Vital statistics of India. Vol. IV, Annual returns from 1871 to 1876. British Army of India, Native Army and jails of Bengal
Year: 1871
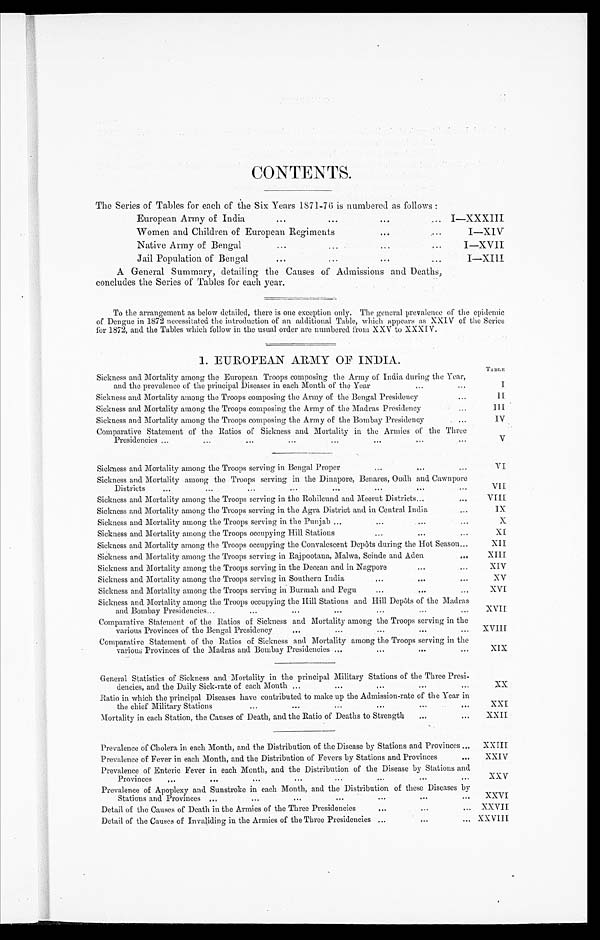
CONTENTS.
The Series of Tables for each of the Six Years 1871-76 is numbered as follows :
European Army of India
. . .
. . .
. . .
. . .
I—XXXIII
Women and Children of European Regiment
. . . ...
I — X I V
Native Army of Bengal
...
. . .
. . .
. . .
I—XVII
Jail Population of Bengal
. . .
. . .
. . .
. . .
I—XIII
A General Summary, detailing the Causes of Admissions and Deaths,
concludes the Series of Tables for each year.
To the arrangement as below detailed, there is one exception only. The general prevalence of the epidemic
of Dengue in 1872 necessitated the introduction of an additional Table, which appears as XXIV of the Series
for 1872, and the Tables which follow in the usual order are numbered from XXV to XXXIV.
1. EUROPEAN ARMY OF INDIA.
Sickness and Mortality among the European Troops composing the Army of India during the Year,
and the prevalence of the principal Diseases in each Month of the Year
T A B L E
I
Sickness and Mortality among the Troops composing the Army of the Bengal Presidency...
I I
Sickness and Mortality among the Troops composing the Army of the Madras Presidency...
I I I
Sickness and Mortality among the Troops composing the Army of the Bombay Presidency
IV
Comparative Statement of the Ratios of Sickness and Mortality in the Armies of the Three
Presidencies ...
. . .
V
Sickness and Mortality among the Troops serving in Bengal Proper
VI
Sickness and Mortality among the Troops serving in the Dinapore, Benares, Oudh and Cawnpore
Districts
... ... ... ...
VII
Sickness and Mortality among the Troops serving in the Rohilcund and Meerut Districts
VIII
Sickness and Mortality among the Troops serving in the Agra District and in Central India
. . .
I X .
Sickness and Mortality among the Troops serving in the Punjab
X
Sickness and Mortality among the Troops occupying Hill Stations...
......
XI
Sickness and Mortality among the Troops occupying the Convalescent Depôts during the Hot Season
...
XII
Sickness and Mortality among the Troops serving in Rajpootana, Malwa, Scinde and Aden
. . .
X I I I .
Sickness and Mortality among the Troops serving in the Deccan and in Nagpore
. . .
. . .
XIV
Sickness and Mortality among the Troops serving in Southern India
XV
Sickness and Mortality among the Troops serving in Burmah and Pegu
. . .
. . .
. . .
XVI
Sickness and Mortality among the Troops occupying the Hill Stations and Hill Depots of the Madras
and
Bombay
Presidencies
XVII
Comparative Statement of the Ratios of Sickness and Mortality among the Troops serving in the
v a r i o u s P r o v i n c e s o f t h e B e n g a l P r e s i d e n c y
. . .
. . .
. . .
XVIII
Comparative Statement of the Ratios of Sickness and Mortality among the Troops serving in the
various Provinces of the Madras and Bombay Presidencies ... . . .
. . .
XIX
General Statistics of Sickness and Mortality in the principal Military Stations of the Three Presi-
dencies, and the Daily Sick-rate of each Month...
...
XX
Ratio in which the principal Diseases have contributed to make up the Admission-rate of the Year in
the chief Military Stations
. . .
. . .
. . .
XXI
Mortality in each Station, the Causes of Death, and the Ratio of Deaths to Strength
. . .
. . .
XXII
Prevalence of Cholera in each Month, and the Distribution of the Disease by Stations and Provinces ...
XXIII
Prevalence of Fever in each Month, and the Distribution of Fevers by Stations and Provinces
...
XXIV
Prevalence of Enteric Fever in each Month, and the Distribution of the Disease by Stations and
Provinces
. . .
. . .
. . .
. . .
. . .
. . .
XXV
Prevalence of Apoplexy and Sunstroke in each Month, and the Distribution of these Diseases by
Stations and Provinces
. . .
. . .
. . .
. . .
XXVI
Detail of the Causes of Death in the Armies of the Three Presidencies
... ...
XXVII
Detail of the Causes of Invaliding in the Armies of the Three Presidencies ... ... ...
XXVIII